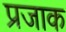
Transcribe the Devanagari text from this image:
प्रजाक